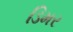
ડિમર